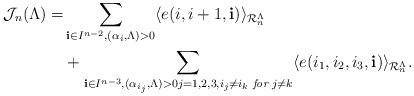
\begin{align*}\begin{aligned}\mathcal{J}_{n}(\Lambda)=&\sum_{\mathbf{i}\in I^{n-2},(\alpha_i,\Lambda)>0}\langle e(i,i+1,\mathbf{i}) \rangle_{\mathcal{R}_{n}^{\Lambda}}\\&+\sum_{\mathbf{i}\in I^{n-3},(\alpha_{i_j},\Lambda)>0j=1,2,3,i_j\neq i_k \textit{ for }j\neq k}\langle e(i_1,i_2,i_3,\mathbf{i}) \rangle_{\mathcal{R}_{n}^{\Lambda}}.\end{aligned}\end{align*}